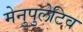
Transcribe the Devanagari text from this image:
मेनुपुलेटिव